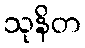
သုနိတ